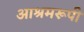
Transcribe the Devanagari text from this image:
आश्रमरूपी